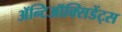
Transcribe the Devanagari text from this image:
ॲन्टिऑक्सिडेंट्स